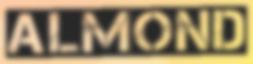
ALMOND